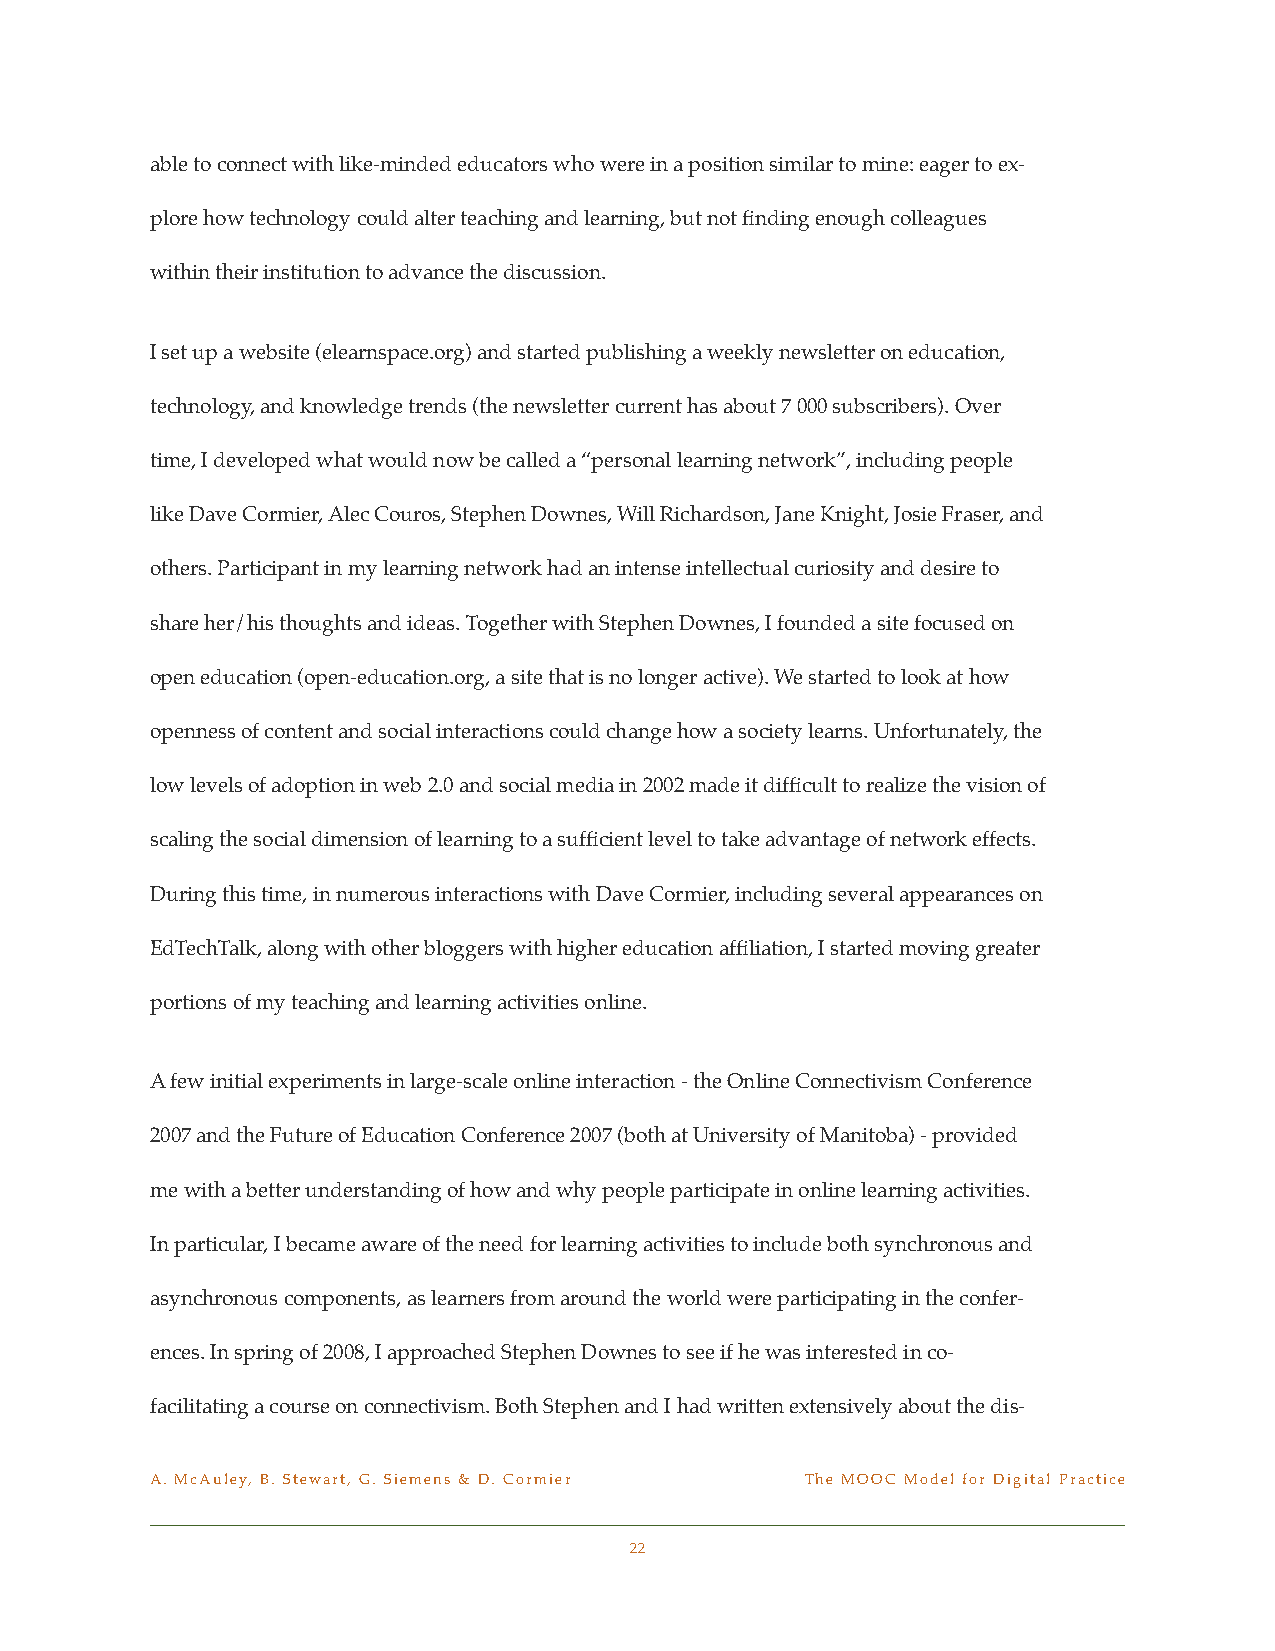
able to connect with like-minded educators who were in a position similar to mine: eager to ex-
 plore how technology could alter teaching and learning, but not finding enough colleagues
 within their institution to advance the discussion.
 I set up a website (elearnspace.org) and started publishing a weekly newsletter on education,
 technology, and knowledge trends (the newsletter current has about 7 000 subscribers). Over
 time, I developed what would now be called a “personal learning network”, including people
 like Dave Cormier, Alec Couros, Stephen Downes, Will Richardson, Jane Knight, Josie Fraser, and
 others. Participant in my learning network had an intense intellectual curiosity and desire to
 share her/his thoughts and ideas. Together with Stephen Downes, I founded a site focused on
 open education (open-education.org, a site that is no longer active). We started to look at how
 openness of content and social interactions could change how a society learns. Unfortunately, the
 low levels of adoption in web 2.0 and social media in 2002 made it difficult to realize the vision of
 scaling the social dimension of learning to a sufficient level to take advantage of network effects.
 During this time, in numerous interactions with Dave Cormier, including several appearances on
 EdTechTalk, along with other bloggers with higher education affiliation, I started moving greater
 portions of my teaching and learning activities online.
 A few initial experiments in large-scale online interaction - the Online Connectivism Conference
 2007 and the Future of Education Conference 2007 (both at University of Manitoba) - provided
 me with a better understanding of how and why people participate in online learning activities.
 In particular, I became aware of the need for learning activities to include both synchronous and
 asynchronous components, as learners from around the world were participating in the confer-
 ences. In spring of 2008, I approached Stephen Downes to see if he was interested in co-
 facilitating a course on connectivism. Both Stephen and I had written extensively about the dis-
 A. McAuley, B. Stewart, G. Siemens & D. Cormier! The MOOC Model for Digital Practice
 22